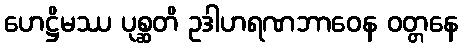
ဟေဋ္ဌိမဿ ပုစ္ဆတိ ဥဒါဟရဏဘာဝေန ဝတ္တနေ